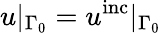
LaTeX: u|_{\Gamma_{0}}=u^{\mathrm{inc}}|_{\Gamma_{0}}